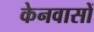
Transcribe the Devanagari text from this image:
केनवासों